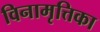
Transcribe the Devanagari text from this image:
विनामृत्तिका